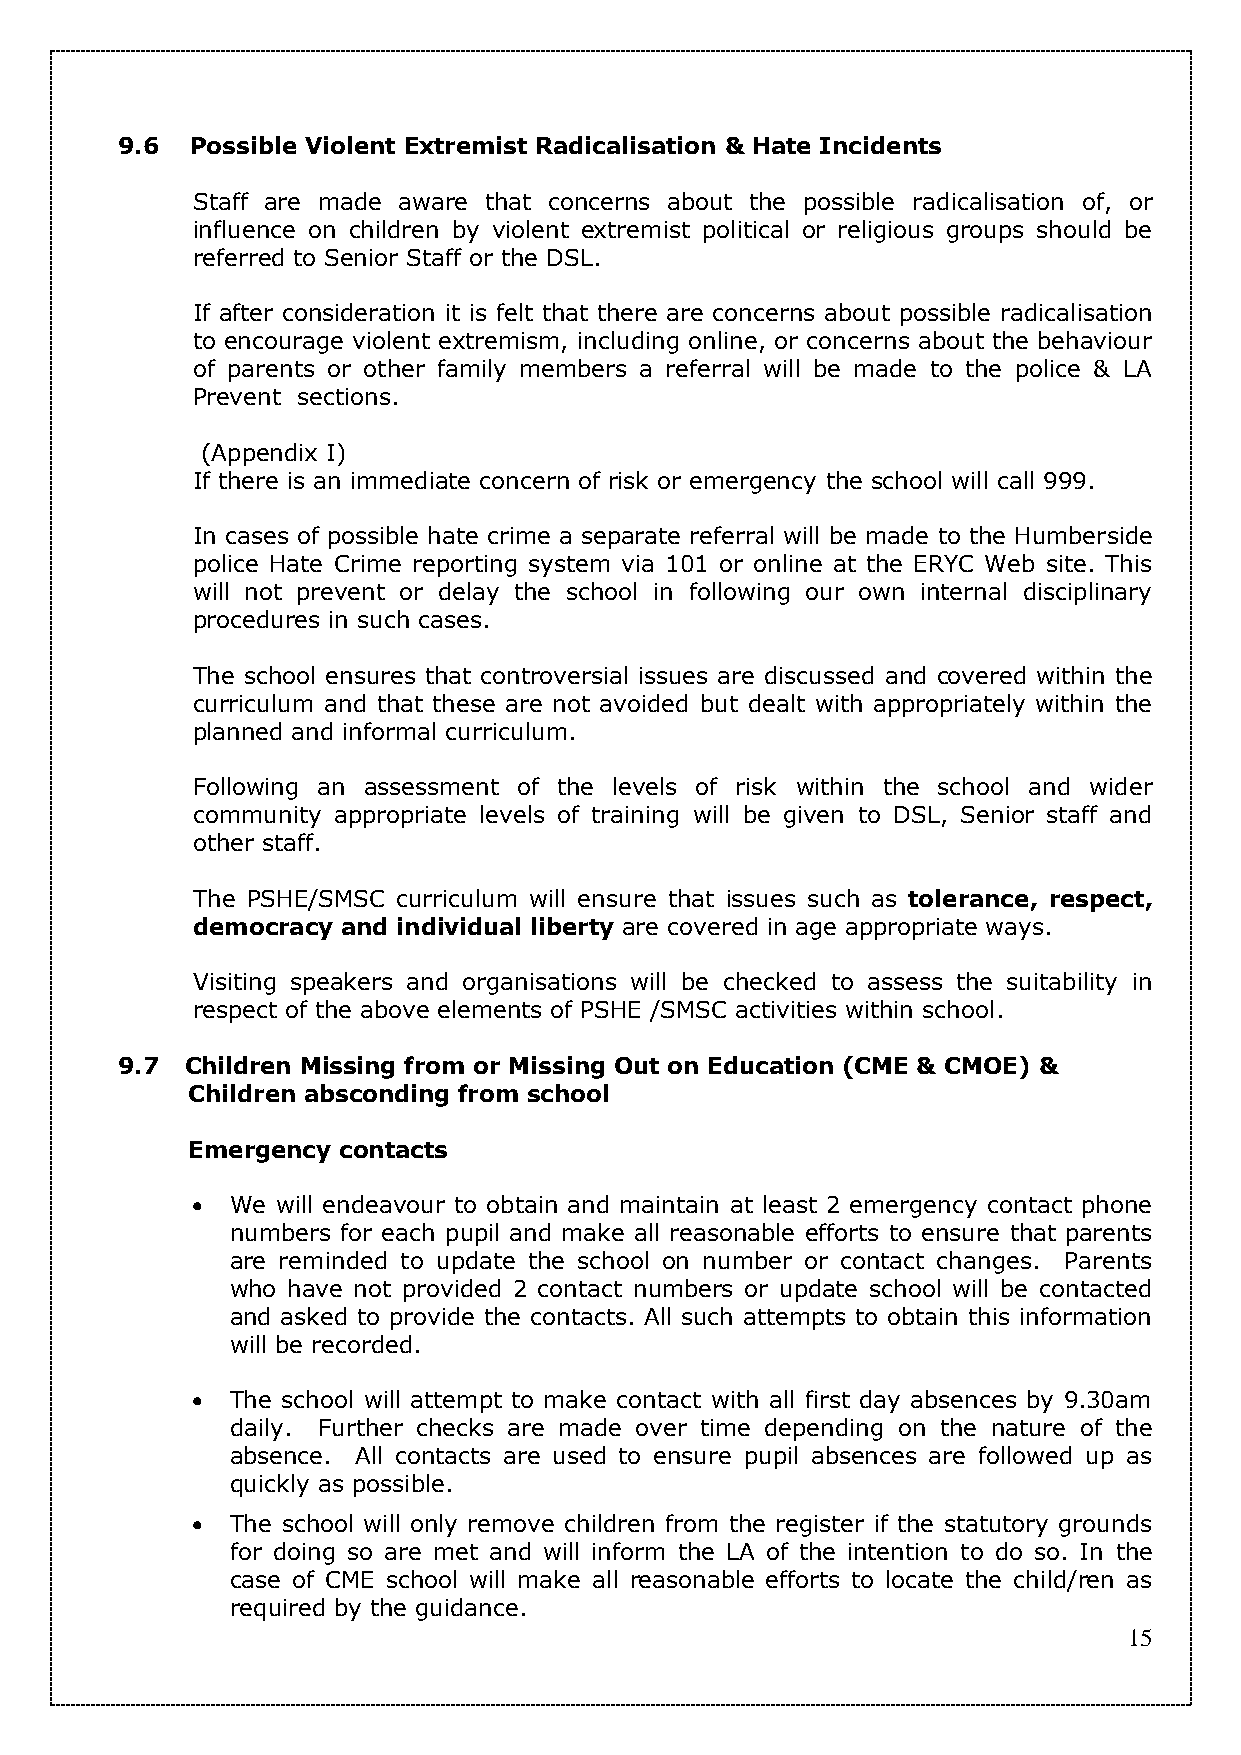
9.6  Possible Violent Extremist Radicalisation & Hate Incidents
 Staff are made aware that concerns about the possible radicalisation of, or
 influence on children by violent extremist political or religious groups should be
 referred to Senior Staff or the DSL.
 If after consideration it is felt that there are concerns about possible radicalisation
 to encourage violent extremism, including online, or concerns about the behaviour
 of parents or other family members a referral will be made to the police & LA
 Prevent sections.
 (Appendix I)
 If there is an immediate concern of risk or emergency the school will call 999.
 In cases of possible hate crime a separate referral will be made to the Humberside
 police Hate Crime reporting system via 101 or online at the ERYC Web site. This
 will not prevent or delay the school in following our own internal disciplinary
 procedures in such cases.
 The school ensures that controversial issues are discussed and covered within the
 curriculum and that these are not avoided but dealt with appropriately within the
 planned and informal curriculum.
 Following an assessment of the levels of risk within the school and wider
 community appropriate levels of training will be given to DSL, Senior staff and
 other staff.
 The PSHE/SMSC curriculum will ensure that issues such as tolerance, respect,
 democracy and individual liberty are covered in age appropriate ways.
 Visiting speakers and organisations will be checked to assess the suitability in
 respect of the above elements of PSHE /SMSC activities within school.
 9.7 Children Missing from or Missing Out on Education (CME & CMOE) &
 Children absconding from school
 Emergency contacts
  We will endeavour to obtain and maintain at least 2 emergency contact phone
 numbers for each pupil and make all reasonable efforts to ensure that parents
 are reminded to update the school on number or contact changes. Parents
 who have not provided 2 contact numbers or update school will be contacted
 and asked to provide the contacts. All such attempts to obtain this information
 will be recorded.
  The school will attempt to make contact with all first day absences by 9.30am
 daily. Further checks are made over time depending on the nature of the
 absence. All contacts are used to ensure pupil absences are followed up as
 quickly as possible.
  The school will only remove children from the register if the statutory grounds
 for doing so are met and will inform the LA of the intention to do so. In the
 case of CME school will make all reasonable efforts to locate the child/ren as
 required by the guidance.
 15